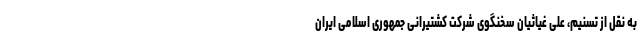
به نقل از تسنیم، علی غیاثیان سخنگوی شرکت کشتیرانی جمهوری اسلامی ایران